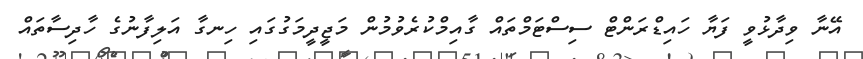
އޭނާ ވިދާޅުވީ ފަޔާ ހައިޑްރަންޓް ސިސްޓަމްތައް ގާއިމްކުރެވުމުން މަޖީދީމަގުގައި ހިނގާ އަލިފާނުގެ ހާދިސާތައް